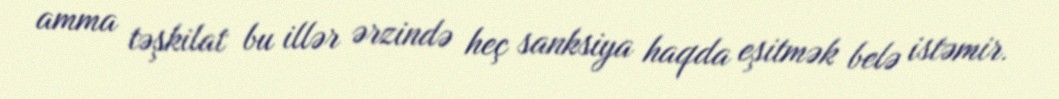
amma təşkilat bu illər ərzində heç sanksiya haqda eşitmək belə istəmir.